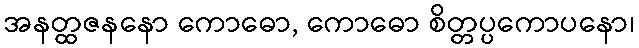
အနတ္ထဇနနော ကောဓော, ကောဓော စိတ္တပ္ပကောပနော၊